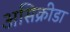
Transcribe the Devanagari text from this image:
असिक्रीडा